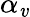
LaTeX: \alpha_{\mathit{v}}